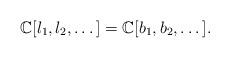
LaTeX: \begin{gather*}\mathbb C[l_1,l_2,\dots]=\mathbb C[b_1,b_2,\dots].\end{gather*}